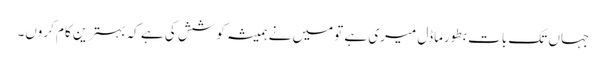
جہاں تک بات بطورماڈل میری ہے تومیں نے ہمیشہ کوشش کی ہے کہ بہترین کام کروں۔